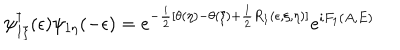
\psi _ { 1 \xi } ^ { \dagger } ( \epsilon ) \psi _ { 1 \eta } ( - \epsilon ) = e ^ { - \frac { i } { 2 } [ \theta ( \eta ) - \theta ( \xi ) + \frac { 1 } { 2 } R _ { 1 } ( \epsilon , \xi , \eta ) ] } e ^ { i F _ { 1 } ( A , E ) }